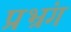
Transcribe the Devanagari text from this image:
प्रभ्रंग